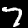
Digit: 7